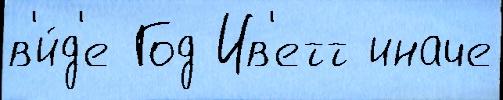
в'и́д'е Год Ив'етт иначе